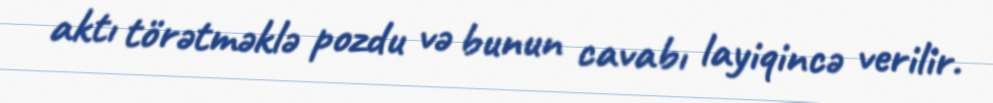
aktı törətməklə pozdu və bunun cavabı layiqincə verilir.